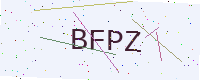
Text: BFPZ